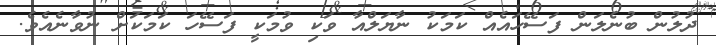
ދުލުން ބުނެލަން ފަސޭހައެއް ކަމަކު ނާޔަލްއާ ވަކި ވުމަކީ ފަސޭހަ ކަމަކަށް ނުވާނެއެވެ.